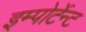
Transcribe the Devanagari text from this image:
इम्पोर्टेन्ट